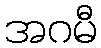
အဂမီ